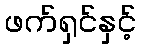
ဖက်ရှင်နှင့်